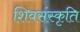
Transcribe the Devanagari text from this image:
शिवसंस्कृति